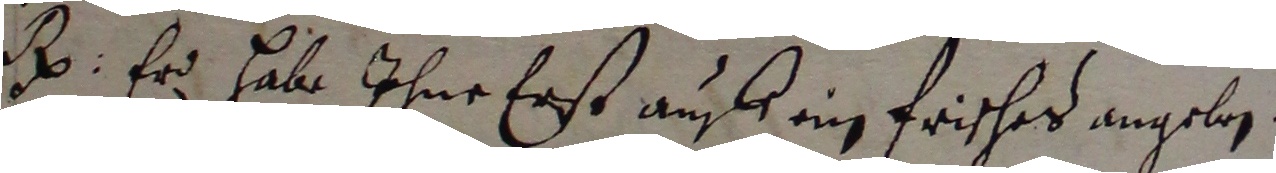
et. Er habe ihne erst auff ein frisched angeben.